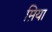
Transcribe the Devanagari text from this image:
म़िया